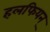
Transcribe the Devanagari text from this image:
हलफियन्